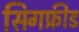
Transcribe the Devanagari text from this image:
सिगफ्रीड